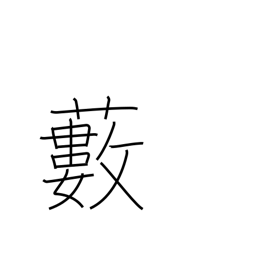
Meaning: grove